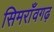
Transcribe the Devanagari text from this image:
सिमराँवगढ़